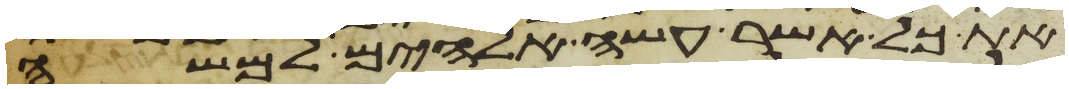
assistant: את כל אשר עשה אלהים למשה